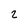
Character: 2